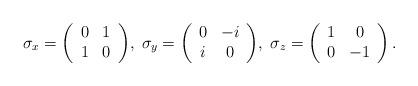
LaTeX: \begin{align*}\sigma_x=\left(\begin{array}{cc}0&1\\1&0\end{array}\right)\!,\; \sigma_y=\left(\begin{array}{cc}0&-i\\i&0\end{array}\right)\!,\; \sigma_z=\left(\begin{array}{cc}1&0\\0&-1\end{array}\right).\end{align*}